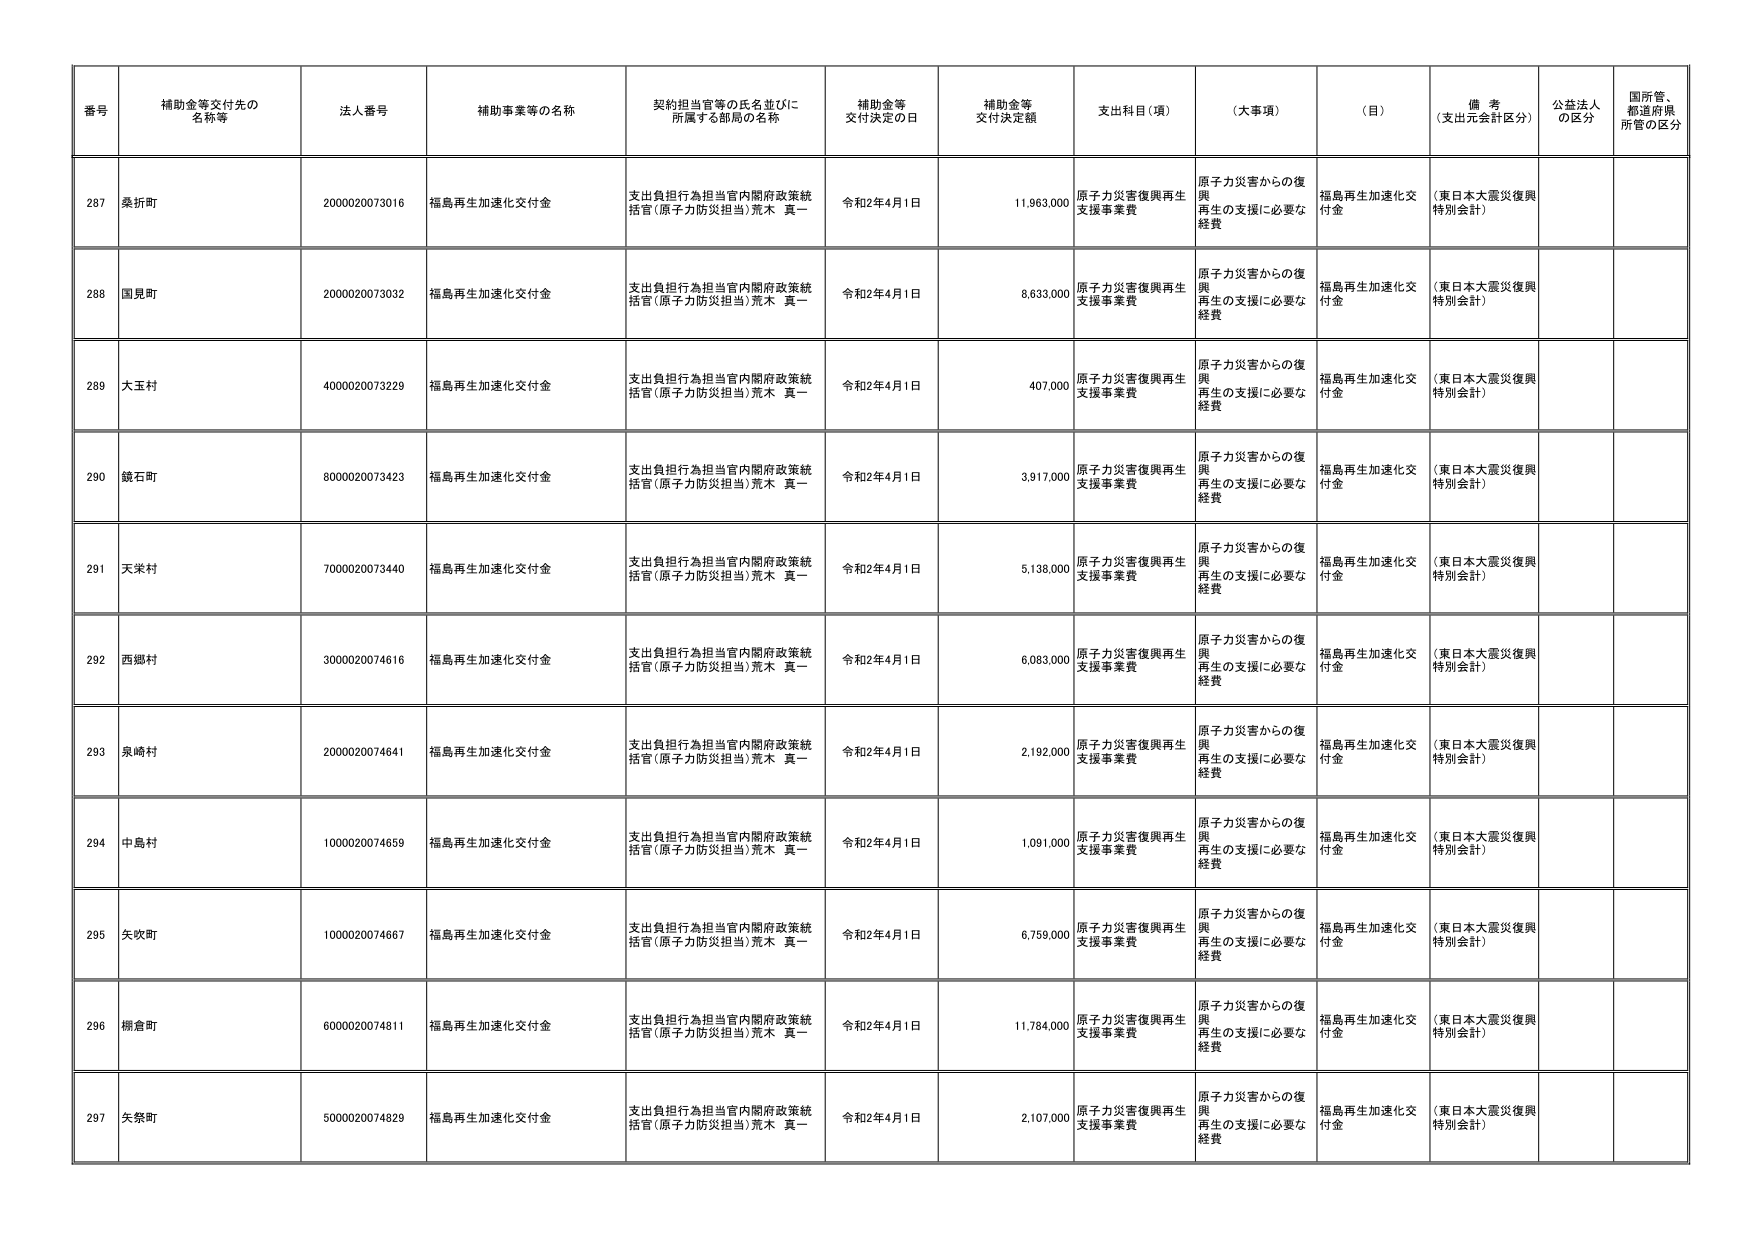
番号 補助金等交付先の名称等 法人番号 補助事業等の名称 契約担当官等の氏名並びに所属する部局の名称 補助金等交付決定の日 補助金等交付決定額 支出科目（項） （大事項） （目） 備考（支出元会計区分） 公益法人の区分 国所管、都道府県所管の区分
287 桑折町 2000020073016 福島再生加速化交付金 支出負担行為担当官内閣府政策統括官（原子力防災担当）荒木 真一 令和2年4月1日 11,963,000 原子力災害復興再生支援事業費 原子力災害からの復興再生の支援に必要な経費 福島再生加速化交付金 （東日本大震災復興特別会計）
288 国見町 2000020073032 福島再生加速化交付金 支出負担行為担当官内閣府政策統括官（原子力防災担当）荒木 真一 令和2年4月1日 8,633,000 原子力災害復興再生支援事業費 原子力災害からの復興再生の支援に必要な経費 福島再生加速化交付金 （東日本大震災復興特別会計）
289 大玉村 4000020073229 福島再生加速化交付金 支出負担行為担当官内閣府政策統括官（原子力防災担当）荒木 真一 令和2年4月1日 407,000 原子力災害復興再生支援事業費 原子力災害からの復興再生の支援に必要な経費 福島再生加速化交付金 （東日本大震災復興特別会計）
290 鏡石町 8000020073423 福島再生加速化交付金 支出負担行為担当官内閣府政策統括官（原子力防災担当）荒木 真一 令和2年4月1日 3,917,000 原子力災害復興再生支援事業費 原子力災害からの復興再生の支援に必要な経費 福島再生加速化交付金 （東日本大震災復興特別会計）
291 天栄村 7000020073440 福島再生加速化交付金 支出負担行為担当官内閣府政策統括官（原子力防災担当）荒木 真一 令和2年4月1日 5,138,000 原子力災害復興再生支援事業費 原子力災害からの復興再生の支援に必要な経費 福島再生加速化交付金 （東日本大震災復興特別会計）
292 西郷村 3000020074616 福島再生加速化交付金 支出負担行為担当官内閣府政策統括官（原子力防災担当）荒木 真一 令和2年4月1日 6,083,000 原子力災害復興再生支援事業費 原子力災害からの復興再生の支援に必要な経費 福島再生加速化交付金 （東日本大震災復興特別会計）
293 泉崎村 2000020074641 福島再生加速化交付金 支出負担行為担当官内閣府政策統括官（原子力防災担当）荒木 真一 令和2年4月1日 2,192,000 原子力災害復興再生支援事業費 原子力災害からの復興再生の支援に必要な経費 福島再生加速化交付金 （東日本大震災復興特別会計）
294 中島村 1000020074659 福島再生加速化交付金 支出負担行為担当官内閣府政策統括官（原子力防災担当）荒木 真一 令和2年4月1日 1,091,000 原子力災害復興再生支援事業費 原子力災害からの復興再生の支援に必要な経費 福島再生加速化交付金 （東日本大震災復興特別会計）
295 矢吹町 1000020074667 福島再生加速化交付金 支出負担行為担当官内閣府政策統括官（原子力防災担当）荒木 真一 令和2年4月1日 6,759,000 原子力災害復興再生支援事業費 原子力災害からの復興再生の支援に必要な経費 福島再生加速化交付金 （東日本大震災復興特別会計）
296 柳舎町 6000020074811 福島再生加速化交付金 支出負担行為担当官内閣府政策統括官（原子力防災担当）荒木 真一 令和2年4月1日 11,784,000 原子力災害復興再生支援事業費 原子力災害からの復興再生の支援に必要な経費 福島再生加速化交付金 （東日本大震災復興特別会計）
297 矢祭町 5000020074829 福島再生加速化交付金 支出負担行為担当官内閣府政策統括官（原子力防災担当）荒木 真一 令和2年4月1日 2,107,000 原子力災害復興再生支援事業費 原子力災害からの復興再生の支援に必要な経費 福島再生加速化交付金 （東日本大震災復興特別会計）